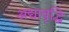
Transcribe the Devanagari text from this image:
अद्यावृद्धि